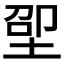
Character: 𱖵